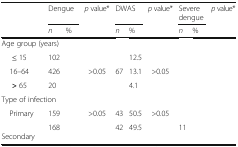
<table><thead><tr><td rowspan="2">[EMPTY_CELL]</td><td colspan="2"><b>Dengue</b></td><td rowspan="2"><b><i>p</i> value*</b></td><td colspan="2"><b>DWAS</b></td><td rowspan="2"><b><i>p</i> value*</b></td><td colspan="2"><b>Severe dengue</b></td><td rowspan="2"><b><i>p</i> value*</b></td></tr><tr><td><b><i>n</i></b></td><td><b>%</b></td><td><b><i>n</i></b></td><td><b>%</b></td><td><b><i>n</i></b></td><td><b>%</b></td></tr></thead><tbody><tr><td colspan="10">Age group (years)</td></tr><tr><td><b>≤</b> 15</td><td>102</td><td>[EMPTY_CELL]</td><td>[EMPTY_CELL]</td><td>[EMPTY_CELL]</td><td>12.5</td><td>[EMPTY_CELL]</td><td>[EMPTY_CELL]</td><td>[EMPTY_CELL]</td><td rowspan="3">[EMPTY_CELL]</td></tr><tr><td> 16–64</td><td>426</td><td>[EMPTY_CELL]</td><td>&gt;0.05</td><td>67</td><td>13.1</td><td>&gt;0.05</td><td>[EMPTY_CELL]</td><td>[EMPTY_CELL]</td></tr><tr><td><b>&gt;</b> 65</td><td>20</td><td>[EMPTY_CELL]</td><td>[EMPTY_CELL]</td><td>[EMPTY_CELL]</td><td>4.1</td><td>[EMPTY_CELL]</td><td>[EMPTY_CELL]</td><td>[EMPTY_CELL]</td></tr><tr><td colspan="10">Type of infection</td></tr><tr><td> Primary</td><td>159</td><td>[EMPTY_CELL]</td><td rowspan="2">&gt;0.05</td><td>43</td><td>50.5</td><td rowspan="2">&gt;0.05</td><td>[EMPTY_CELL]</td><td>[EMPTY_CELL]</td><td rowspan="2">[EMPTY_CELL]</td></tr><tr><td> Secondary</td><td>168</td><td>[EMPTY_CELL]</td><td>42</td><td>49.5</td><td>11</td><td>[EMPTY_CELL]</td></tr></tbody></table>